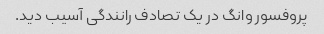
پروفسور وانگ در یک تصادف رانندگی آسیب دید.